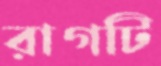
রাগটি